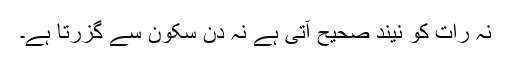
نہ رات کو نیند صحیح آتی ہے نہ دن سکون سے گزرتا ہے۔